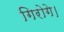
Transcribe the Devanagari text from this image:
गिरोगे।